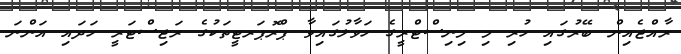
ރާއްޖެއިން ބޭރުގައި ހުރި މި މިނިސްޓްރީގެ ހަވާލުގައިވާ ޕްރޮޕަރޓީތަކުގެ ރަޖިސްޓަރީ ހަދައި އަންނަ